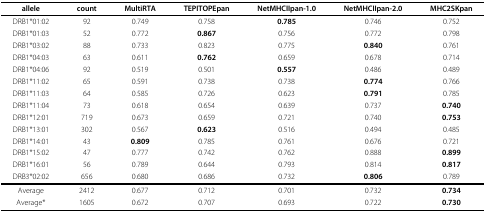
| allele | count | MultiRTA | TEPITOPEpan | NetMHCIIpan-1.0 | NetMHCIIpan-2.0 | MHC2SKpan |
 | --- | --- | --- | --- | --- | --- | --- |
 | DRB1*01:02 | 92 | 0.749 | 0.758 | 0.785 | 0.746 | 0.752 |
 | DRB1*01:03 | 52 | 0.772 | 0.867 | 0.756 | 0.772 | 0.798 |
 | DRB1*03:02 | 88 | 0.733 | 0.823 | 0.775 | 0.840 | 0.761 |
 | DRB1*04:03 | 63 | 0.611 | 0.762 | 0.659 | 0.678 | 0.714 |
 | DRB1*04:06 | 92 | 0.519 | 0.501 | 0.557 | 0.486 | 0.489 |
 | DRB1*11:02 | 65 | 0.591 | 0.738 | 0.738 | 0.774 | 0.766 |
 | DRB1*11:03 | 64 | 0.585 | 0.726 | 0.623 | 0.791 | 0.785 |
 | DRB1*11:04 | 73 | 0.618 | 0.654 | 0.639 | 0.737 | 0.740 |
 | DRB1*12:01 | 719 | 0.673 | 0.659 | 0.721 | 0.740 | 0.753 |
 | DRB1*13:01 | 302 | 0.567 | 0.623 | 0.516 | 0.494 | 0.485 |
 | DRB1*14:01 | 43 | 0.809 | 0.785 | 0.761 | 0.676 | 0.721 |
 | DRB1*15:02 | 47 | 0.777 | 0.742 | 0.762 | 0.888 | 0.899 |
 | DRB1*16:01 | 56 | 0.789 | 0.644 | 0.793 | 0.814 | 0.817 |
 | DRB3*02:02 | 656 | 0.680 | 0.686 | 0.732 | 0.806 | 0.789 |
 | Average | 2412 | 0.677 | 0.712 | 0.701 | 0.732 | 0.734 |
 | Average* | 1605 | 0.672 | 0.707 | 0.693 | 0.722 | 0.730 |